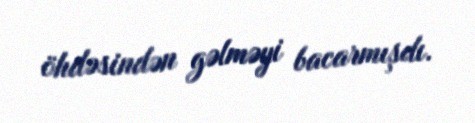
öhdəsindən gəlməyi bacarmışdı.